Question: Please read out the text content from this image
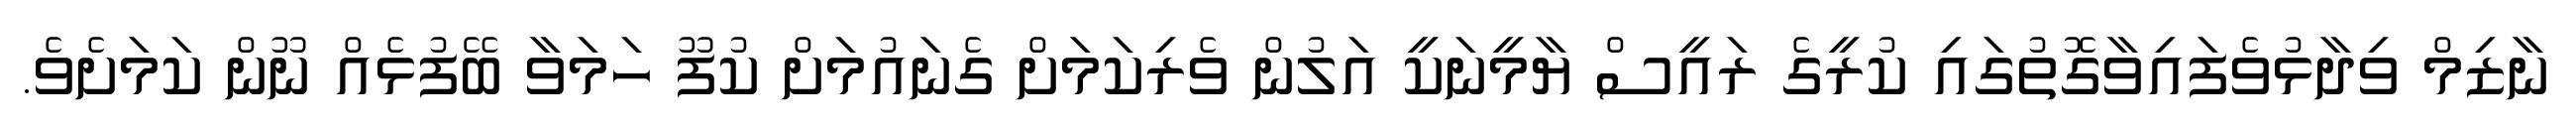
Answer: ނާޒިމް ވިދާޅުވެފައިވާގޮތުގައި ކުރީގެ ރައީސް ޔާމީނަކީ އަލުން ވެރިކަމަށް ގެނައުމަށް ކުފޫ ހަމަވާ ބޭފުޅެއް ނޫން ކަމަށެވެ.